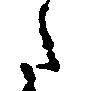
た